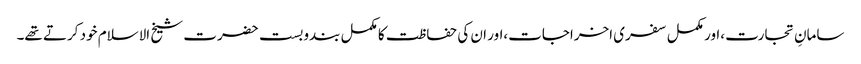
سامانِ تجارت ،اور مکمل سفری اخراجات،اور ان کی حفاظت کا مکمل بندوبست حضرت شیخ الاسلام خود کرتے تھے۔